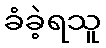
ခံခဲ့ရသူ